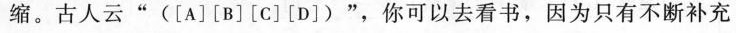
缩。古人云”([A][B][C][D])”，你可以去看书，因为只有不断补充